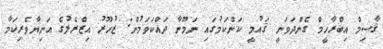
ޤާސިމް އިބްރާހީމް ގެންދަވަނީ ޤައުމީ ކަންކަމުގައި ނަމޫނާ ދައްކަވަމުން: ޒުހޫރު އިޒްރެލުގެ އަނިޔާވެރިކަމާ